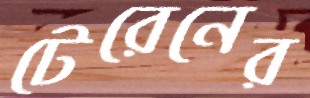
টেরেনের